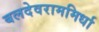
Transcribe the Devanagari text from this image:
बलदेवराममिर्धा